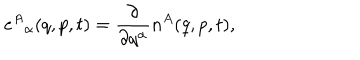
LaTeX: e ^ { A } { } _ { \alpha } ( q , p , t ) = \frac { \partial } { \partial q ^ { \alpha } } n ^ { A } ( q , p , t ) ,